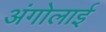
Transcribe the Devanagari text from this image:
अंगोलाई